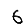
Digit: 6